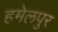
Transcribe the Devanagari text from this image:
हमेलपुर